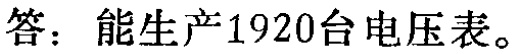
答：能生产1920台电压表。